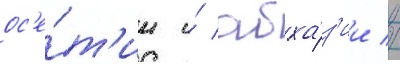
ос'е́т'ии и́ абха́з'ии //